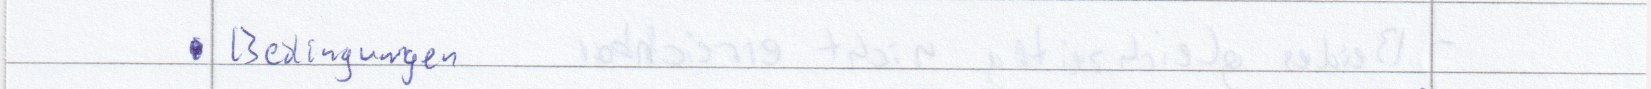
Bedingungen